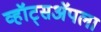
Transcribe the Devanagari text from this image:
व्हॉट्सॲपला